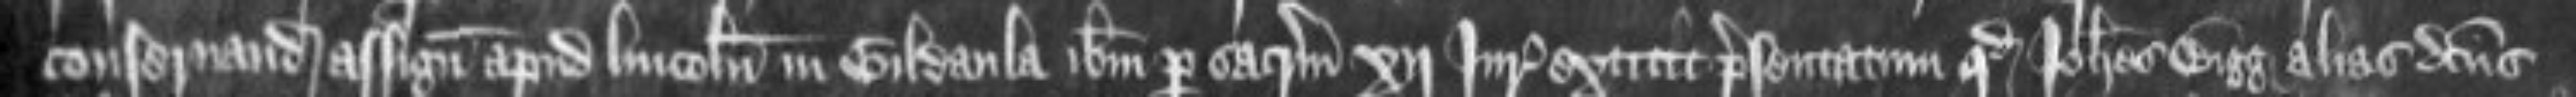
conseruandam assignatis apud Lincolniam in Gildaula ibidem per sacramentum xij Juratorum extitit presentatum quod Johannes Bigg alias dictus